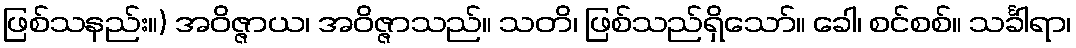
ဖြစ်သနည်း။) အဝိဇ္ဇာယ၊ အဝိဇ္ဇာသည်။ သတိ၊ ဖြစ်သည်ရှိသော်။ ခေါ၊ စင်စစ်။ သင်္ခါရာ၊